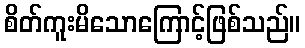
စိတ်ကူးမိသောကြောင့်ဖြစ်သည်။